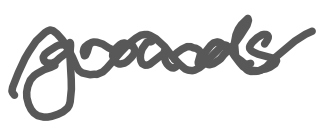
Text: grounds
Cross-out: wave
Writing tool: digital_gray